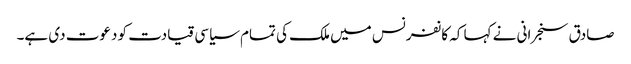
صادق سنجرانی نے کہا کہ کانفرنس میں ملک کی تمام سیاسی قیادت کو دعوت دی ہے۔